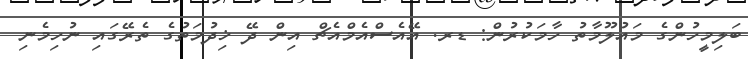
ބަލިމީހުންގެ މައުލޫމާތު ހާމަކުރުން: ޑރ. އޭއެސްއެމްއެޗް އިން ދޭ ޚިދުމަތުގެ ތެރޭގައި ނުހިމެނި